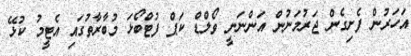
އަހަރުން ފެށިގެން ޖަރުމަނުން އަންނަނީ ވޯލްޑް ކަޕް ފުޓްބޯޅަ މުބާރާތުގައި އެޓީމު ކުޅޭ